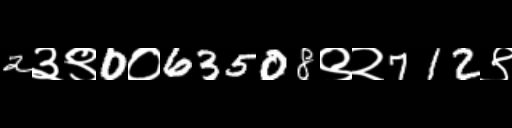
Text: 2३९0०63508९२712९